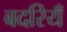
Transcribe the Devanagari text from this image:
बदरियँ